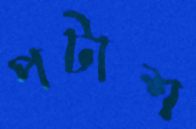
পটাশ